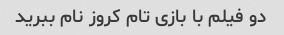
دو فیلم با بازی تام کروز نام ببرید